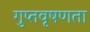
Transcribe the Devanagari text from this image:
गुप्‍तवृषणता